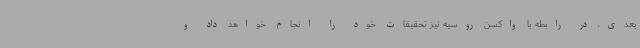
بعدی، در رابطه با واکسن روسیه نیز تحقیقات خود را انجام خواهد داد و